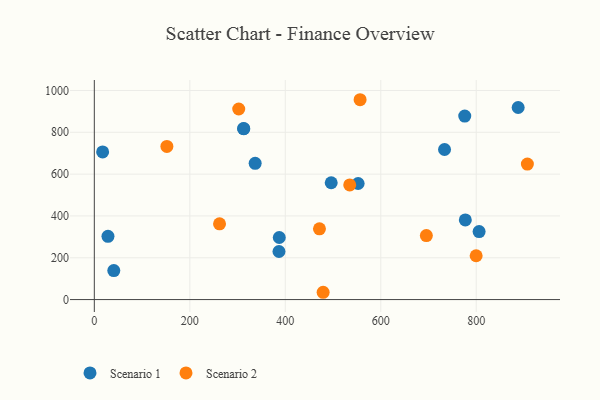
{"axis": {"x": "Speed", "y": "Rating"}, "legend": ["Scenario 1", "Scenario 2"], "data": [{"x": "496.2", "y": 558.6, "type": "Scenario 1"}, {"x": "733.6", "y": 717.6, "type": "Scenario 1"}, {"x": "312.6", "y": 817.7, "type": "Scenario 1"}, {"x": "387.4", "y": 296.8, "type": "Scenario 1"}, {"x": "17.4", "y": 706.0, "type": "Scenario 1"}, {"x": "777.1", "y": 381.0, "type": "Scenario 1"}, {"x": "775.9", "y": 877.5, "type": "Scenario 1"}, {"x": "386.8", "y": 230.0, "type": "Scenario 1"}, {"x": "40.8", "y": 138.6, "type": "Scenario 1"}, {"x": "806.0", "y": 325.2, "type": "Scenario 1"}, {"x": "336.9", "y": 651.6, "type": "Scenario 1"}, {"x": "552.6", "y": 555.1, "type": "Scenario 1"}, {"x": "313.1", "y": 817.2, "type": "Scenario 1"}, {"x": "887.8", "y": 918.5, "type": "Scenario 1"}, {"x": "28.6", "y": 302.6, "type": "Scenario 1"}, {"x": "556.7", "y": 955.7, "type": "Scenario 2"}, {"x": "302.5", "y": 911.4, "type": "Scenario 2"}, {"x": "471.6", "y": 338.5, "type": "Scenario 2"}, {"x": "907.1", "y": 648.1, "type": "Scenario 2"}, {"x": "535.0", "y": 548.4, "type": "Scenario 2"}, {"x": "799.8", "y": 209.6, "type": "Scenario 2"}, {"x": "479.3", "y": 34.9, "type": "Scenario 2"}, {"x": "262.3", "y": 362.2, "type": "Scenario 2"}, {"x": "695.5", "y": 306.2, "type": "Scenario 2"}, {"x": "152.0", "y": 732.6, "type": "Scenario 2"}]}